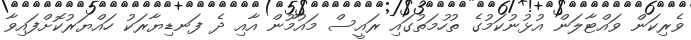
ވެރިކަން ވައްޓާލަން އުޅުނުކަމުގެ ތުހުމަތުގައި ރައީސް މައުމޫން އާއި ދެ ފަނޑިޔާރަކު ހައްޔަރުކޮށްފައިވާ